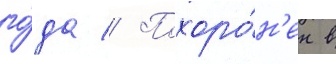
го́да // Похоро́н'ен в